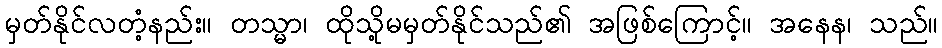
မှတ်နိုင်လတံ့နည်း။ တသ္မာ၊ ထိုသို့မမှတ်နိုင်သည်၏ အဖြစ်ကြောင့်။ အနေန၊ သည်။